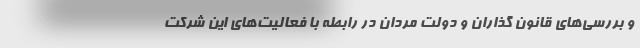
و بررسی‌های قانون گذاران و دولت مردان در رابطه با فعالیت‌های این شرکت